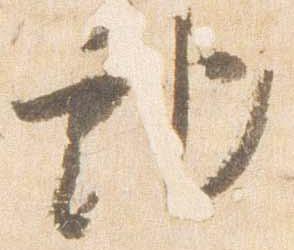
記